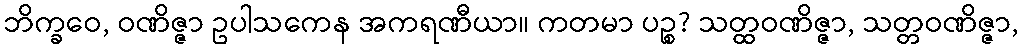
ဘိက္ခဝေ, ဝဏိဇ္ဇာ ဥပါသကေန အကရဏီယာ။ ကတမာ ပဉ္စ? သတ္ထဝဏိဇ္ဇာ, သတ္တဝဏိဇ္ဇာ,